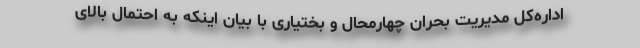
اداره‌کل مدیریت بحران چهارمحال و بختیاری با بیان اینکه به احتمال بالای